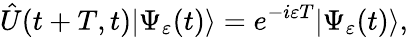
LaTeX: \hat{U}(t+T,t)|\Psi_{\varepsilon}(t)\rangle=e^{-i\varepsilon T}|\Psi_{\varepsilon}(t)\rangle,